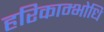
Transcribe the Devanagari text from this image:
हरिकाम्भोधि